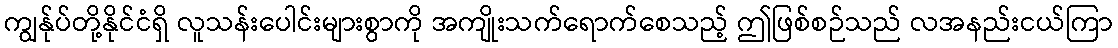
ကျွန်ုပ်တို့နိုင်ငံရှိ လူသန်းပေါင်းများစွာကို အကျိုးသက်ရောက်စေသည့် ဤဖြစ်စဉ်သည် လအနည်းငယ်ကြာ